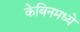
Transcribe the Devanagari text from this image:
केबिनमध्ये